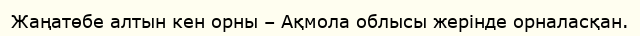
Жаңатөбе алтын кен орны – Ақмола облысы жерінде орналасқан.